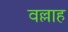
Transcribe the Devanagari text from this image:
वल्लाह